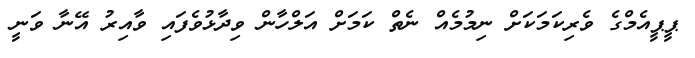
ޕީޕީއެމްގެ ވެރިކަމަކަށް ނިމުމެއް ނެތް ކަމަށް އަލްހާން ވިދާޅުވެފައި ވާއިރު އޭނާ ވަނީ